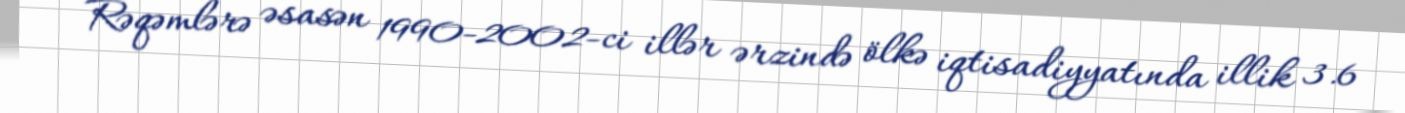
Rəqəmlərə əsasən 1990-2002-ci illər ərzində ölkə iqtisadiyyatında illik 3.6